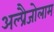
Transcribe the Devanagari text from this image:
अल्प्रैजोलाम